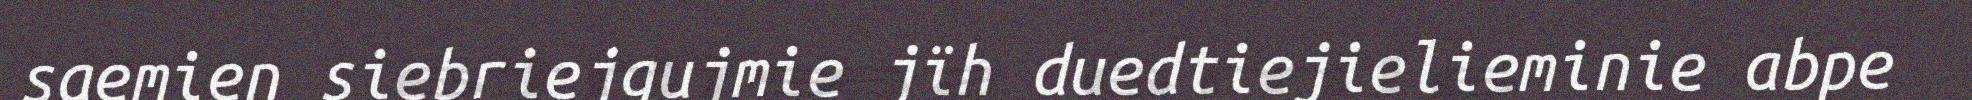
saemien siebriejgujmie jïh duedtiejielieminie abpe